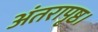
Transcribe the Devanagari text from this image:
अंतरापृष्ठ।